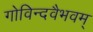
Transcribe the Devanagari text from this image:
गोविन्दवैभवम्